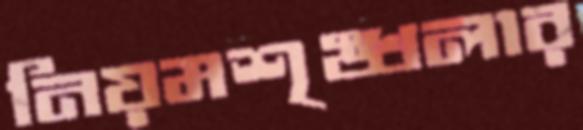
নিয়মশৃঙ্খলার